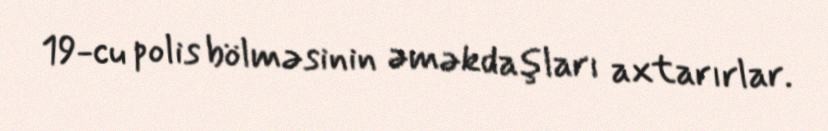
19-cu polis bölməsinin əməkdaşları axtarırlar.